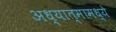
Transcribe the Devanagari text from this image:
अध्यात्मामध्ये